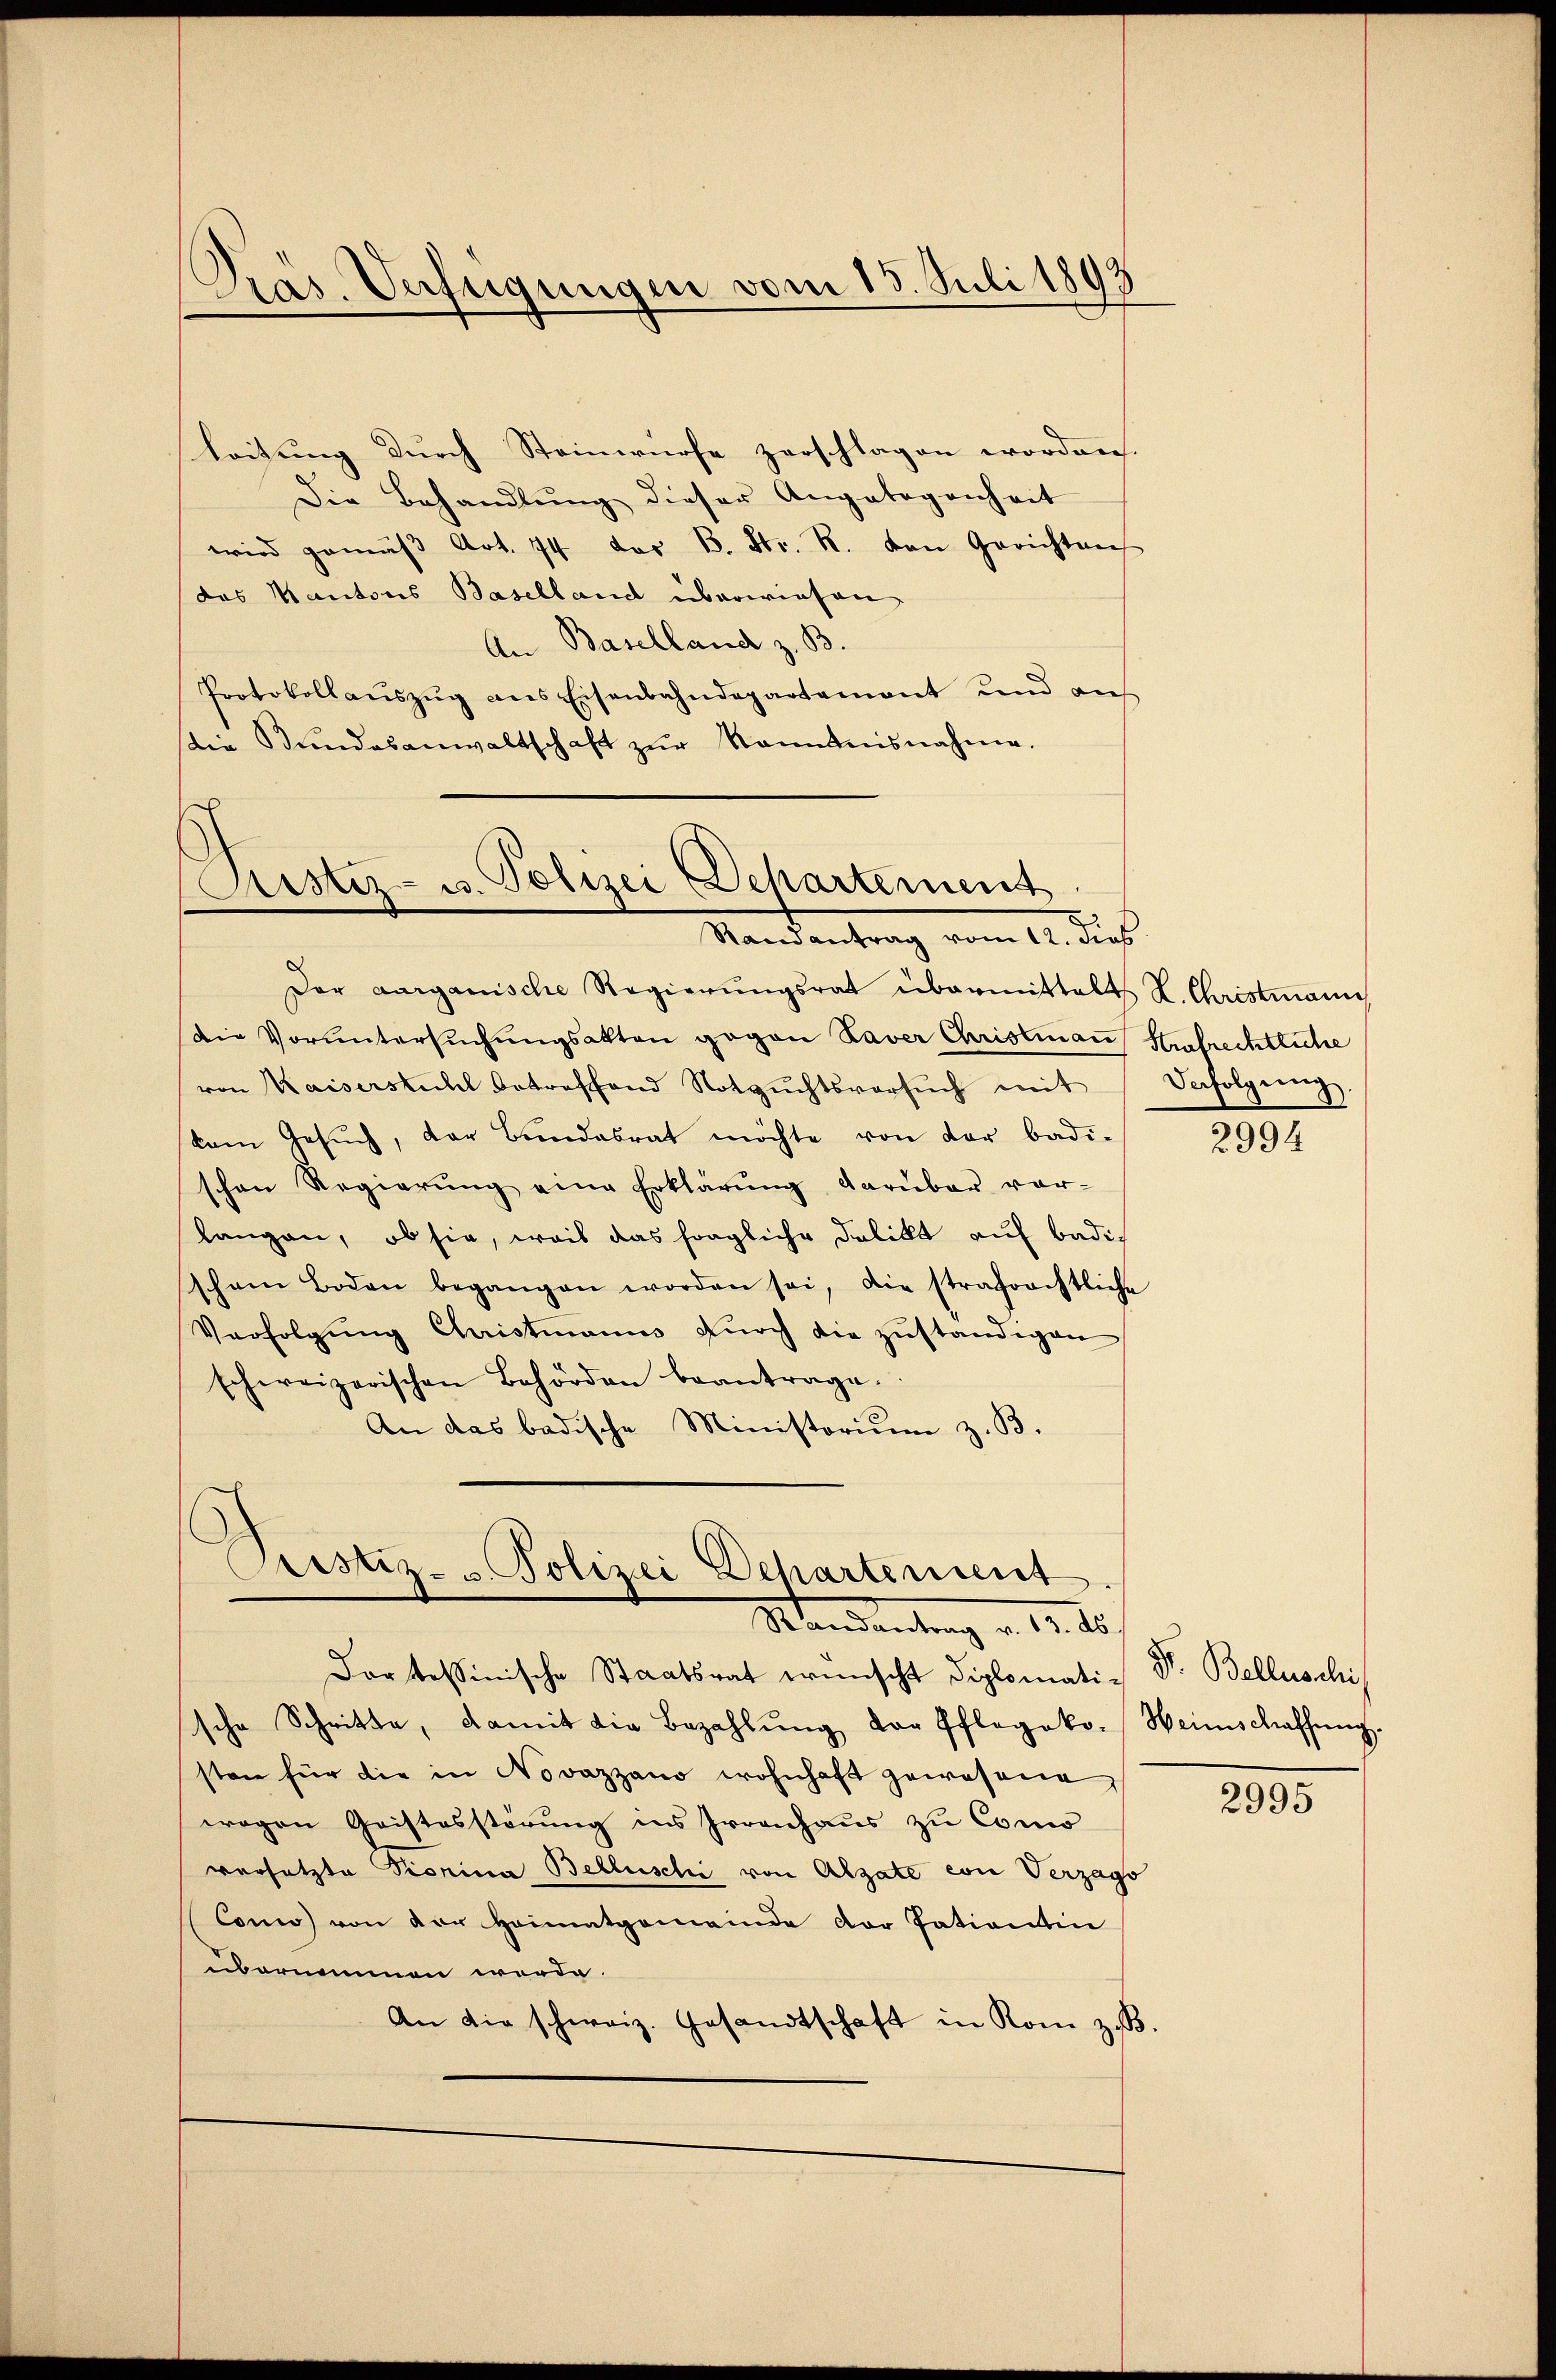
Pras. Unfügungen vom 13. Juli 1893

leitung durch Steinwürfe zerschlagen worden.
Die Behandlŭng dieser Angelegenheit
wird gemäβ Art. 74 des B. Str. R. von Gerichten
das Kantons Baselland überwiesen
An Baselland z. B.
Protokollaŭszŭg ans Eisenbahndepartement und aŭf
die Bŭndesanwaltschaft zŭr Kenntnisnahme.

Astiz- u. Polizei Departement
Kandentrag vom 14. dies

Pristiz- & Polizei Departement
Mandantung v. 12. 10

Der aargauische Regierungsrat übermittalt L. Christmann
Die Voruntersuchungsakten gegen Daver Christian Aufrechtliche
von Kaiserstuhl betreffend Notzuchtsversuch mit
kam Gesŭch, der Bŭndesrat möchte von der badi-
schen Regierŭng eine Erklärŭng darüber vor-
langen, ob sie, weis das fragliche Delikt auf Badischem Boden begangen worden sei, die strafrechtliche
Verfolgung Christmanns durch die zuständigen
schweizerischen Behörden beantrage.
An das badische Ministorium z. B.

Vefolgung

dor tessinische Staatsrat wünscht diplomati-
sche Schritte, damit die Bezahlŭng der Pflegoko-Weinschaffŭng.
sten für die in Novazzano wohnhaft gewesene
wogen Geistesstörung ins Irrenhaus zu Como
versetzte Pionina Belluschi von Alzate von Verzago
Cono) von der Heimatgemeinde der Patientin
übernommen werde.
An die schweiz. Gesandtschaft in Rom z. B.

2994

Dr. Belluschi

2995